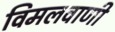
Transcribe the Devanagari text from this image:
विमलवाणी